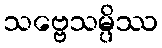
သဗ္ဗေသမ္ပိဿ